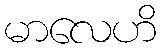
မာလေဟိ